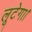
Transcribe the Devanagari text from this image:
लूटेगा।